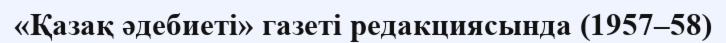
«Қазақ әдебиеті» газеті редакциясында (1957–58)